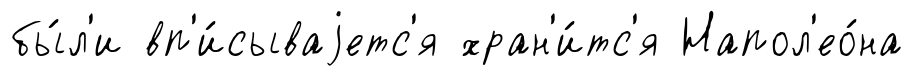
бы́л'и вп'и́сываjетс'я хран'и́тс'я Напол'ео́на